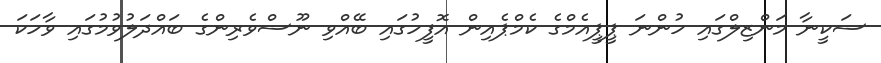
ސަކީނާ މަންޒިލްގައި ހުންނަ ޕީޕީއެމްގެ ކެމްޕެއިން އޮފީހުގައި ބޭއްވި ނޫސްވެރިންގެ ބައްދަލުވުމުގައި ވާހަކަ